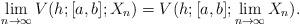
LaTeX: \begin{align*}\lim_{n\rightarrow \infty}V(h;[a,b];X_n) = V(h;[a,b]; \lim_{n\rightarrow \infty}X_n).\end{align*}